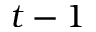
t - 1